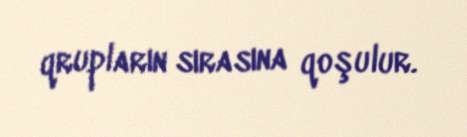
qrupların sırasına qoşulur.